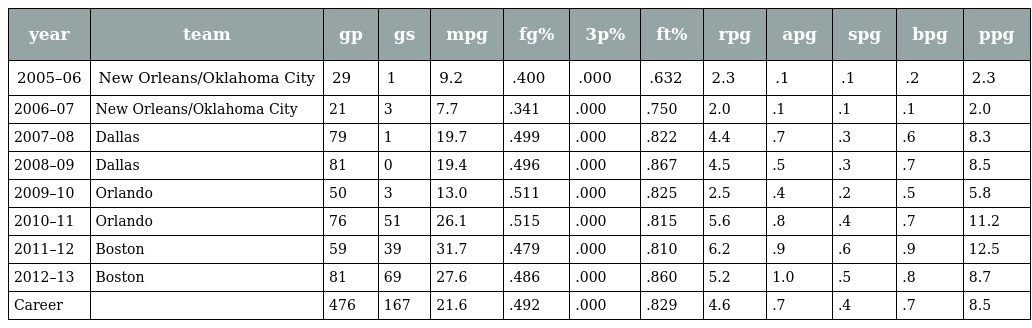
| year | team | gp | gs | mpg | fg% | 3p% | ft% | rpg | apg | spg | bpg | ppg |
 | --- | --- | --- | --- | --- | --- | --- | --- | --- | --- | --- | --- | --- |
 | 2005–06 | New Orleans/Oklahoma City | 29 | 1 | 9.2 | .400 | .000 | .632 | 2.3 | .1 | .1 | .2 | 2.3 |
 | 2006–07 | New Orleans/Oklahoma City | 21 | 3 | 7.7 | .341 | .000 | .750 | 2.0 | .1 | .1 | .1 | 2.0 |
 | 2007–08 | Dallas | 79 | 1 | 19.7 | .499 | .000 | .822 | 4.4 | .7 | .3 | .6 | 8.3 |
 | 2008–09 | Dallas | 81 | 0 | 19.4 | .496 | .000 | .867 | 4.5 | .5 | .3 | .7 | 8.5 |
 | 2009–10 | Orlando | 50 | 3 | 13.0 | .511 | .000 | .825 | 2.5 | .4 | .2 | .5 | 5.8 |
 | 2010–11 | Orlando | 76 | 51 | 26.1 | .515 | .000 | .815 | 5.6 | .8 | .4 | .7 | 11.2 |
 | 2011–12 | Boston | 59 | 39 | 31.7 | .479 | .000 | .810 | 6.2 | .9 | .6 | .9 | 12.5 |
 | 2012–13 | Boston | 81 | 69 | 27.6 | .486 | .000 | .860 | 5.2 | 1.0 | .5 | .8 | 8.7 |
 | Career |  | 476 | 167 | 21.6 | .492 | .000 | .829 | 4.6 | .7 | .4 | .7 | 8.5 |